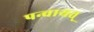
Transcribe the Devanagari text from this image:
पन्चायत्